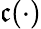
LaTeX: \mathfrak{c}(\cdot)